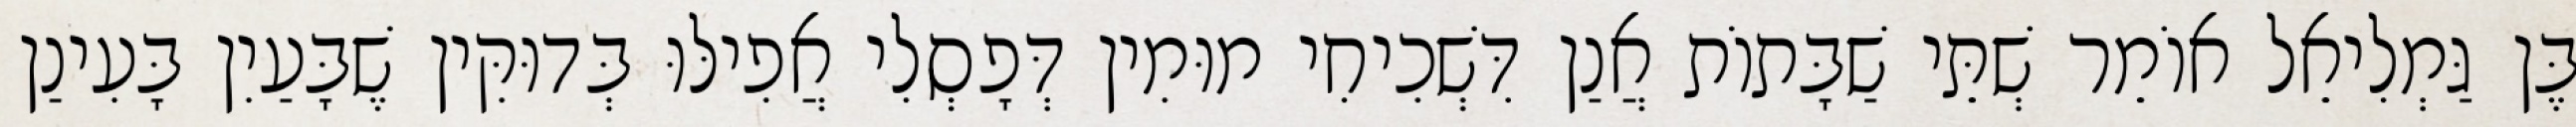
בֶּן גַּמְלִיאֵל אוֹמֵר שְׁתֵּי שַׁבָּתוֹת אֲנַן דִּשְׁכִיחִי מוּמִין דְּפָסְלִי אֲפִילּוּ בְּדוּקִּין שֶׁבָּעַיִן בָּעִינַן